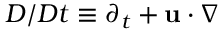
D / D t \equiv \partial _ { t } + \mathbf { u } \cdot \boldsymbol { \nabla }